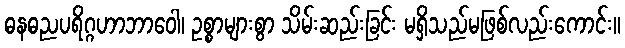
ဓနဓညပရိဂ္ဂဟာဘာဝေါ၊ ဥစ္စာများစွာ သိမ်းဆည်းခြင်း မရှိသည်မဖြစ်လည်းကောင်း။